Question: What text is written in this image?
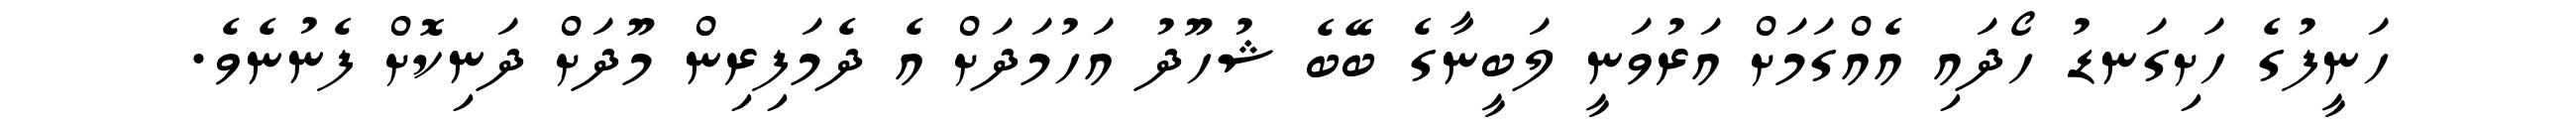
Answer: ހަނީފުގެ ހަށިގަނޑު ހޯދައި އެއްގަމަށް އަރުވަނީ ލަބީނާގެ ބޭބެ ޝުހޫދު އަހުމަދަށް އެ ދެމަފިރިން މޫދަށް ދަނިކޮށް ފެނުނެވެ.